Harku_vallakohus, lk 6
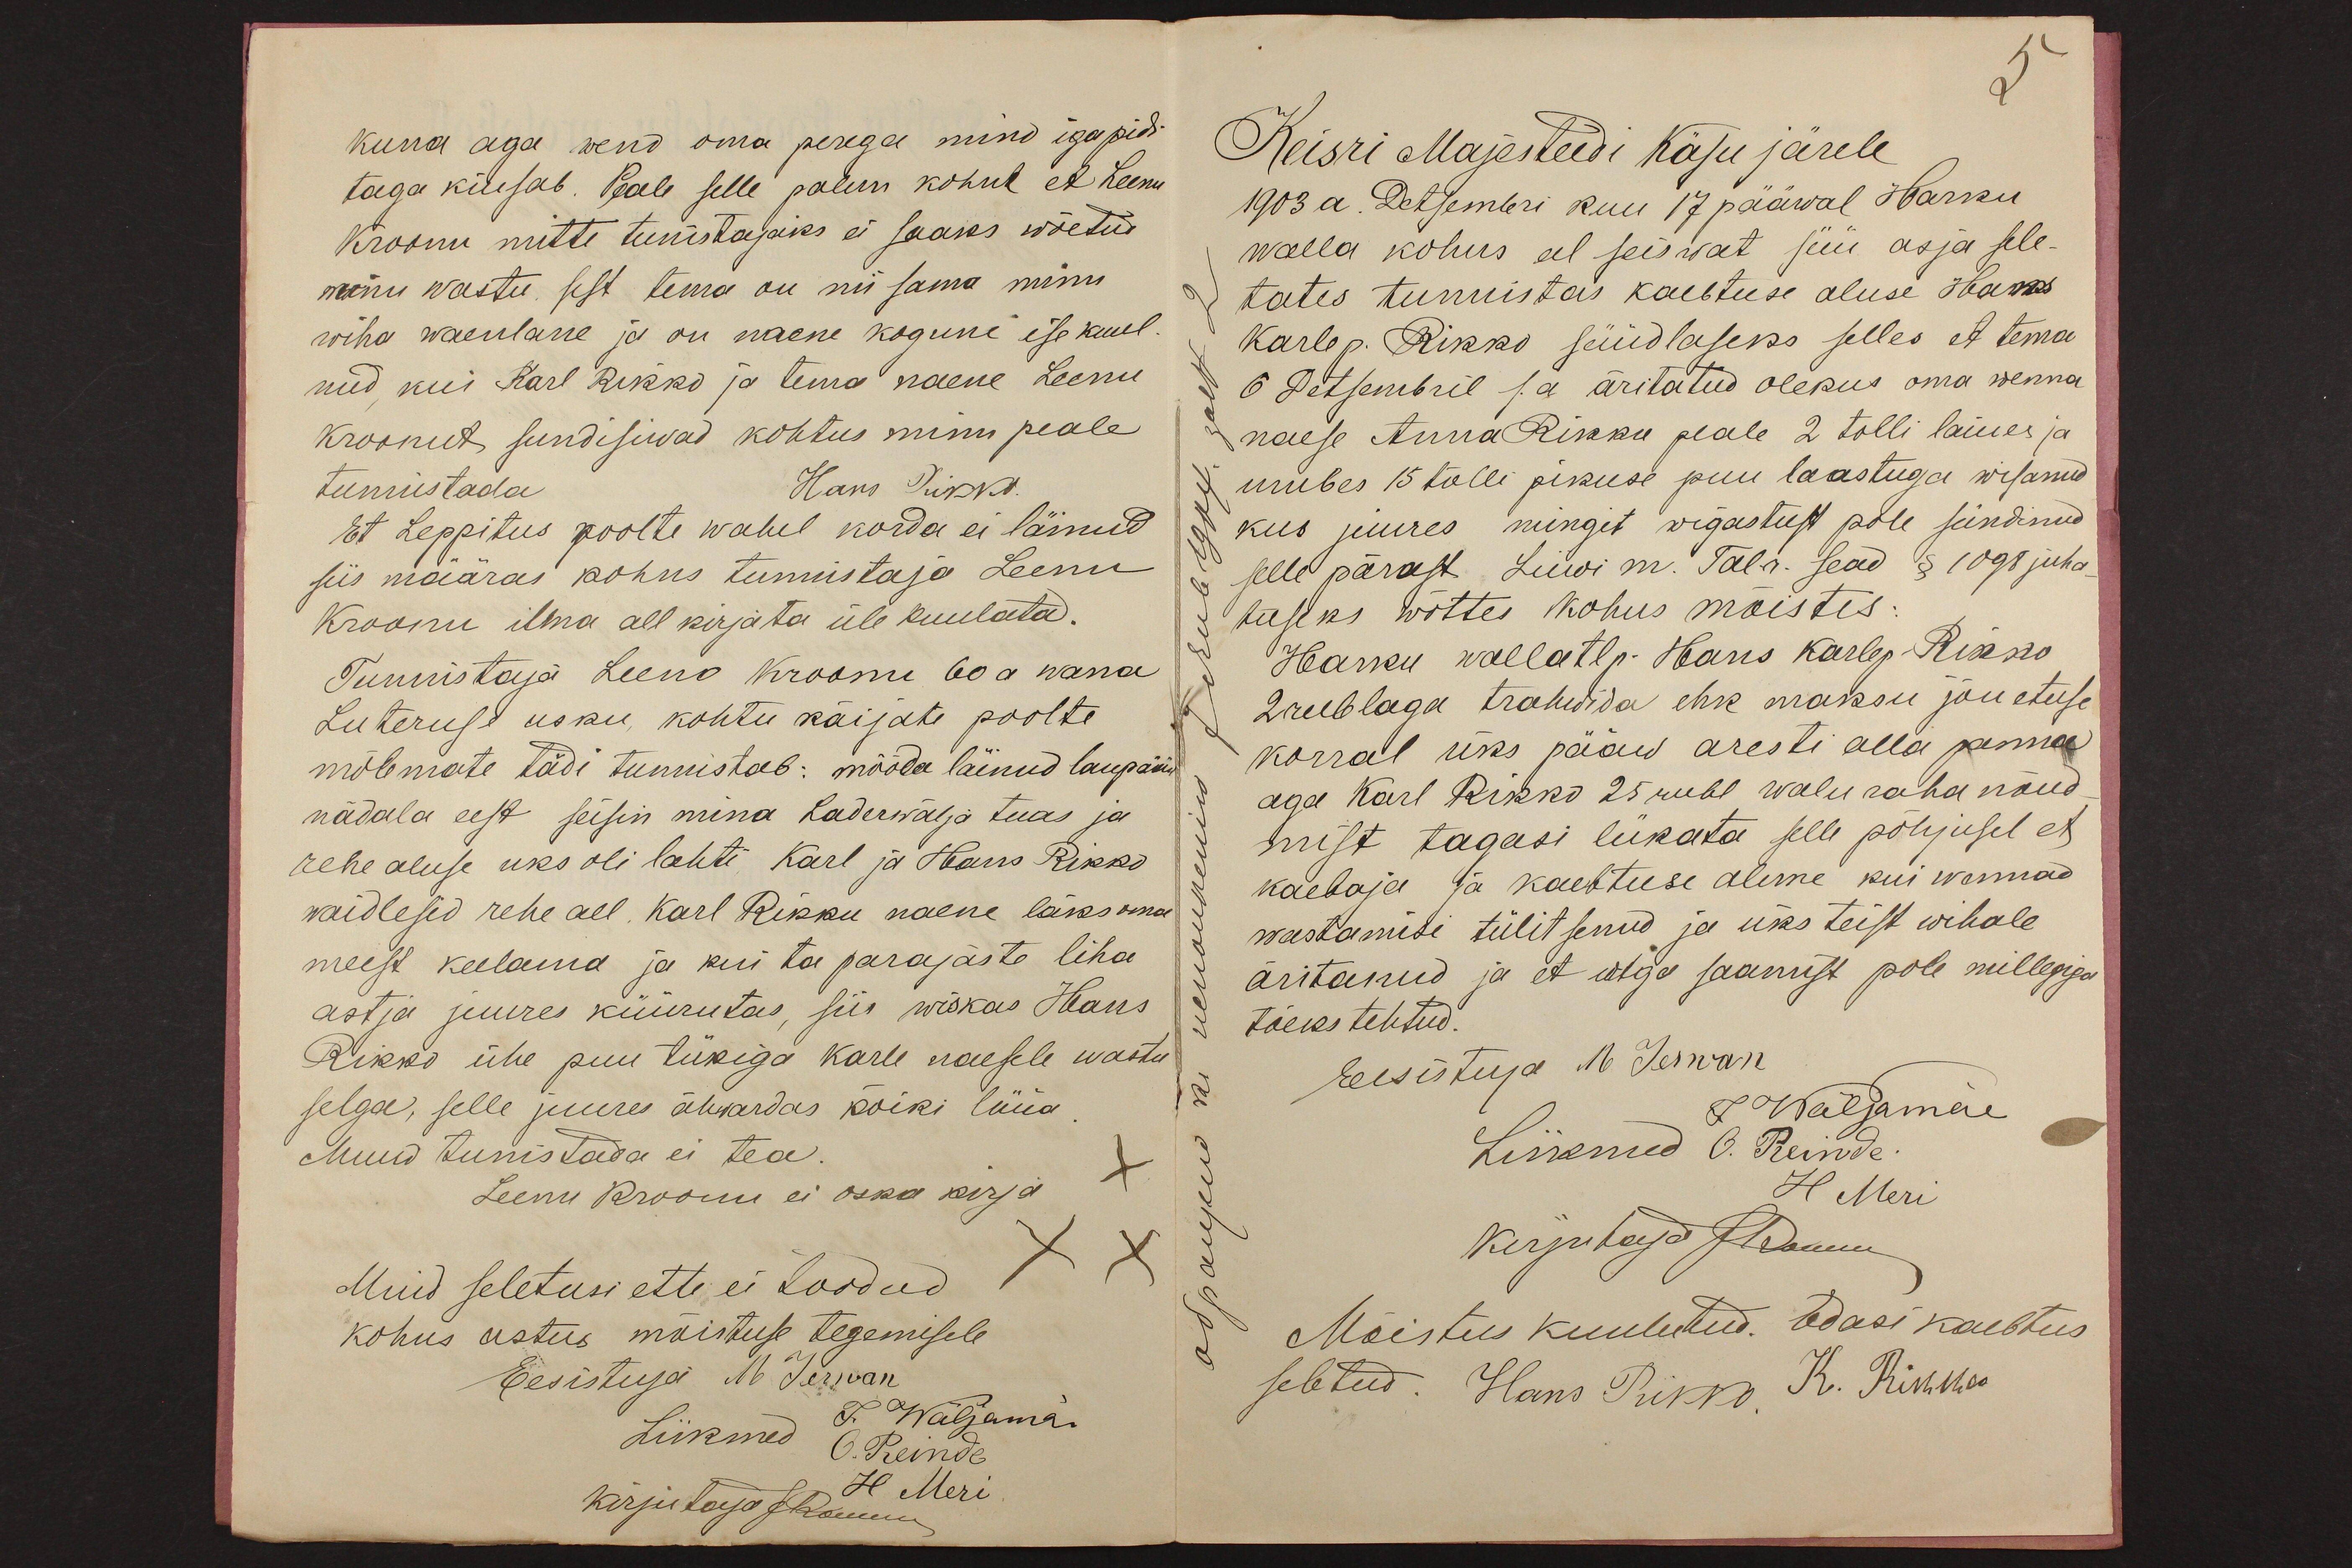
kuna aga wend oma perega mind igapidi
taga kiusab. Peale selle palun kohul et Leenu
Kroonu mitte tunistajaks ei saaks wõetud
minu wast, sest tema on nii sama minu
wiha waenlane ja on naene koguni ise kuul-
nud, kui Karl Rikko ja tema naene Leenu
Kroonut sundisiwad kohtus minu peale
tunnistada
Hans Rikko
Et Leppitus poolte wahel korda ei läinud
siis määras kohus tunnistaja Leenu
Kroonu ilma all kirjata üle kuulata.
Tunnistaja Leeno Kroonu 60 a wana
Luteruse usku, kohtu käijate poolte
mõlemate tädi tunnistab: mööda läinud laupääw
nädala eest seisin mina Laderwälja tuas ja
rehe aluse uks oli lahti, Karl ja Hans Rikko
waidlesid rehe all. Karl Rikku naene läks oma
meest keelama ja kui ta parajaste liha
astja juures küürutas, siis wiskas Hans
Rikko ühe puu tükiga Karle naesele wastu
selga, selle juures ähwardas kõiki lüüa
Muud tunistada ei tea
x
Leenu Kroonu ei oska kirja
Muid seletusi ette ei toodud
XX
kohus astus mõistuse tegemisele
Eesistuja M. Jerwan
J. Wäljamäe
O. Reinde
Liikmed
kirjutaja JRommi
H Meri

5
Keisri Majesteedi Käsu järele
1903 a. Detsembri kuu 17 pääwal Harku
walla kohus eel seiswat süü asja sele-
tates tunnistas kaebtuse aluse Hans
Karle p. Rikko süüdlaseks selles et tema
6 Detsembril s.a äritatud olekus oma wenna
naese Anna Rikku peale 2 tolli laiues ja
umbes 15 tolli pikuse puu laastuga wisanud
kus juures mingit wigastust pole sündinud
selle pärast Liiwi m. Tal. r. sead § 1098 juha
tuseks wõttes kohus mõistis
Harku walla tlp. Hans Karlep. Rikko
2 rublaga trahwida ehk maksu jõuetuse
korral üks pääw aresti alla panna
aga Karl Rikko 25 rubl walu raha nõud
mist tagasi lükata selle põhjusel et
kaebaja ja kaebtuse alune kui wennad
wastamisi tülitsenud ja üks teist wihale
äritanud ja et wiga saamist pole millegiga
tõeks tehtud.
Eesistuja M. Jerwan
J Wäljamäe
Liikmed O. Reinde
H Meri
Kirjutaja JHommi
Mõistus kuulutud. Edasi kaebtus
seletud. Hans Rikko, K. Rikko